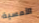
الأمسية